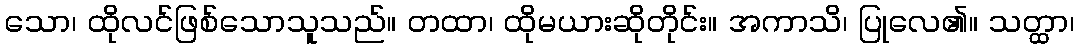
သော၊ ထိုလင်ဖြစ်သောသူသည်။ တထာ၊ ထိုမယားဆိုတိုင်း။ အကာသိ၊ ပြုလေ၏။ သတ္ထာ၊